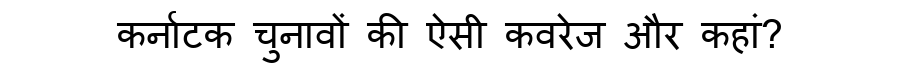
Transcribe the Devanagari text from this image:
कर्नाटक चुनावों की ऐसी कवरेज और कहां?